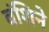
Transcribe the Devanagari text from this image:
वंशिने